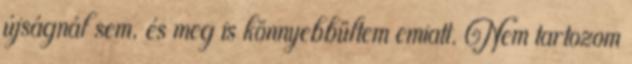
újságnál sem, és meg is könnyebbültem emiatt. Nem tartozom